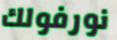
نورفولك